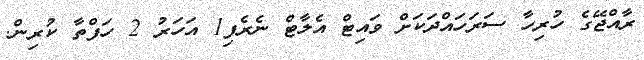
ރާއްޖޭގެ ހުރިހާ ސަރަހައްދަކަށް ވައިޓް އެލާޓް ނެރެފި1 އަހަރު 2 ހަފްތާ ކުރިން.